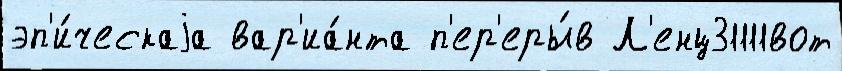
эп'и́ческаjа вар'иа́нта п'ер'еры́в Л'енц31111вот